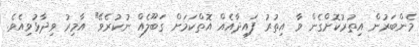
މެންބަރުން އިތުރުކޮށްގެން ވާ އިތުރު ފައިދާއެއް އޮތްކަމަށް ގަބޫލެއް ނުކުރެވޭ" އާމިރު ވިދާޅުވިއެވެ.